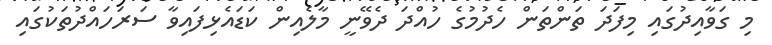
މި ގަވާއިދުގައި މިފަދަ ތަންތަން ހެދުމުގެ ހުއްދަ ދެވޭނީ މާލެއިން ކަޑައެޅިފައިވާ ސަރަހައްދުތަކުގައި